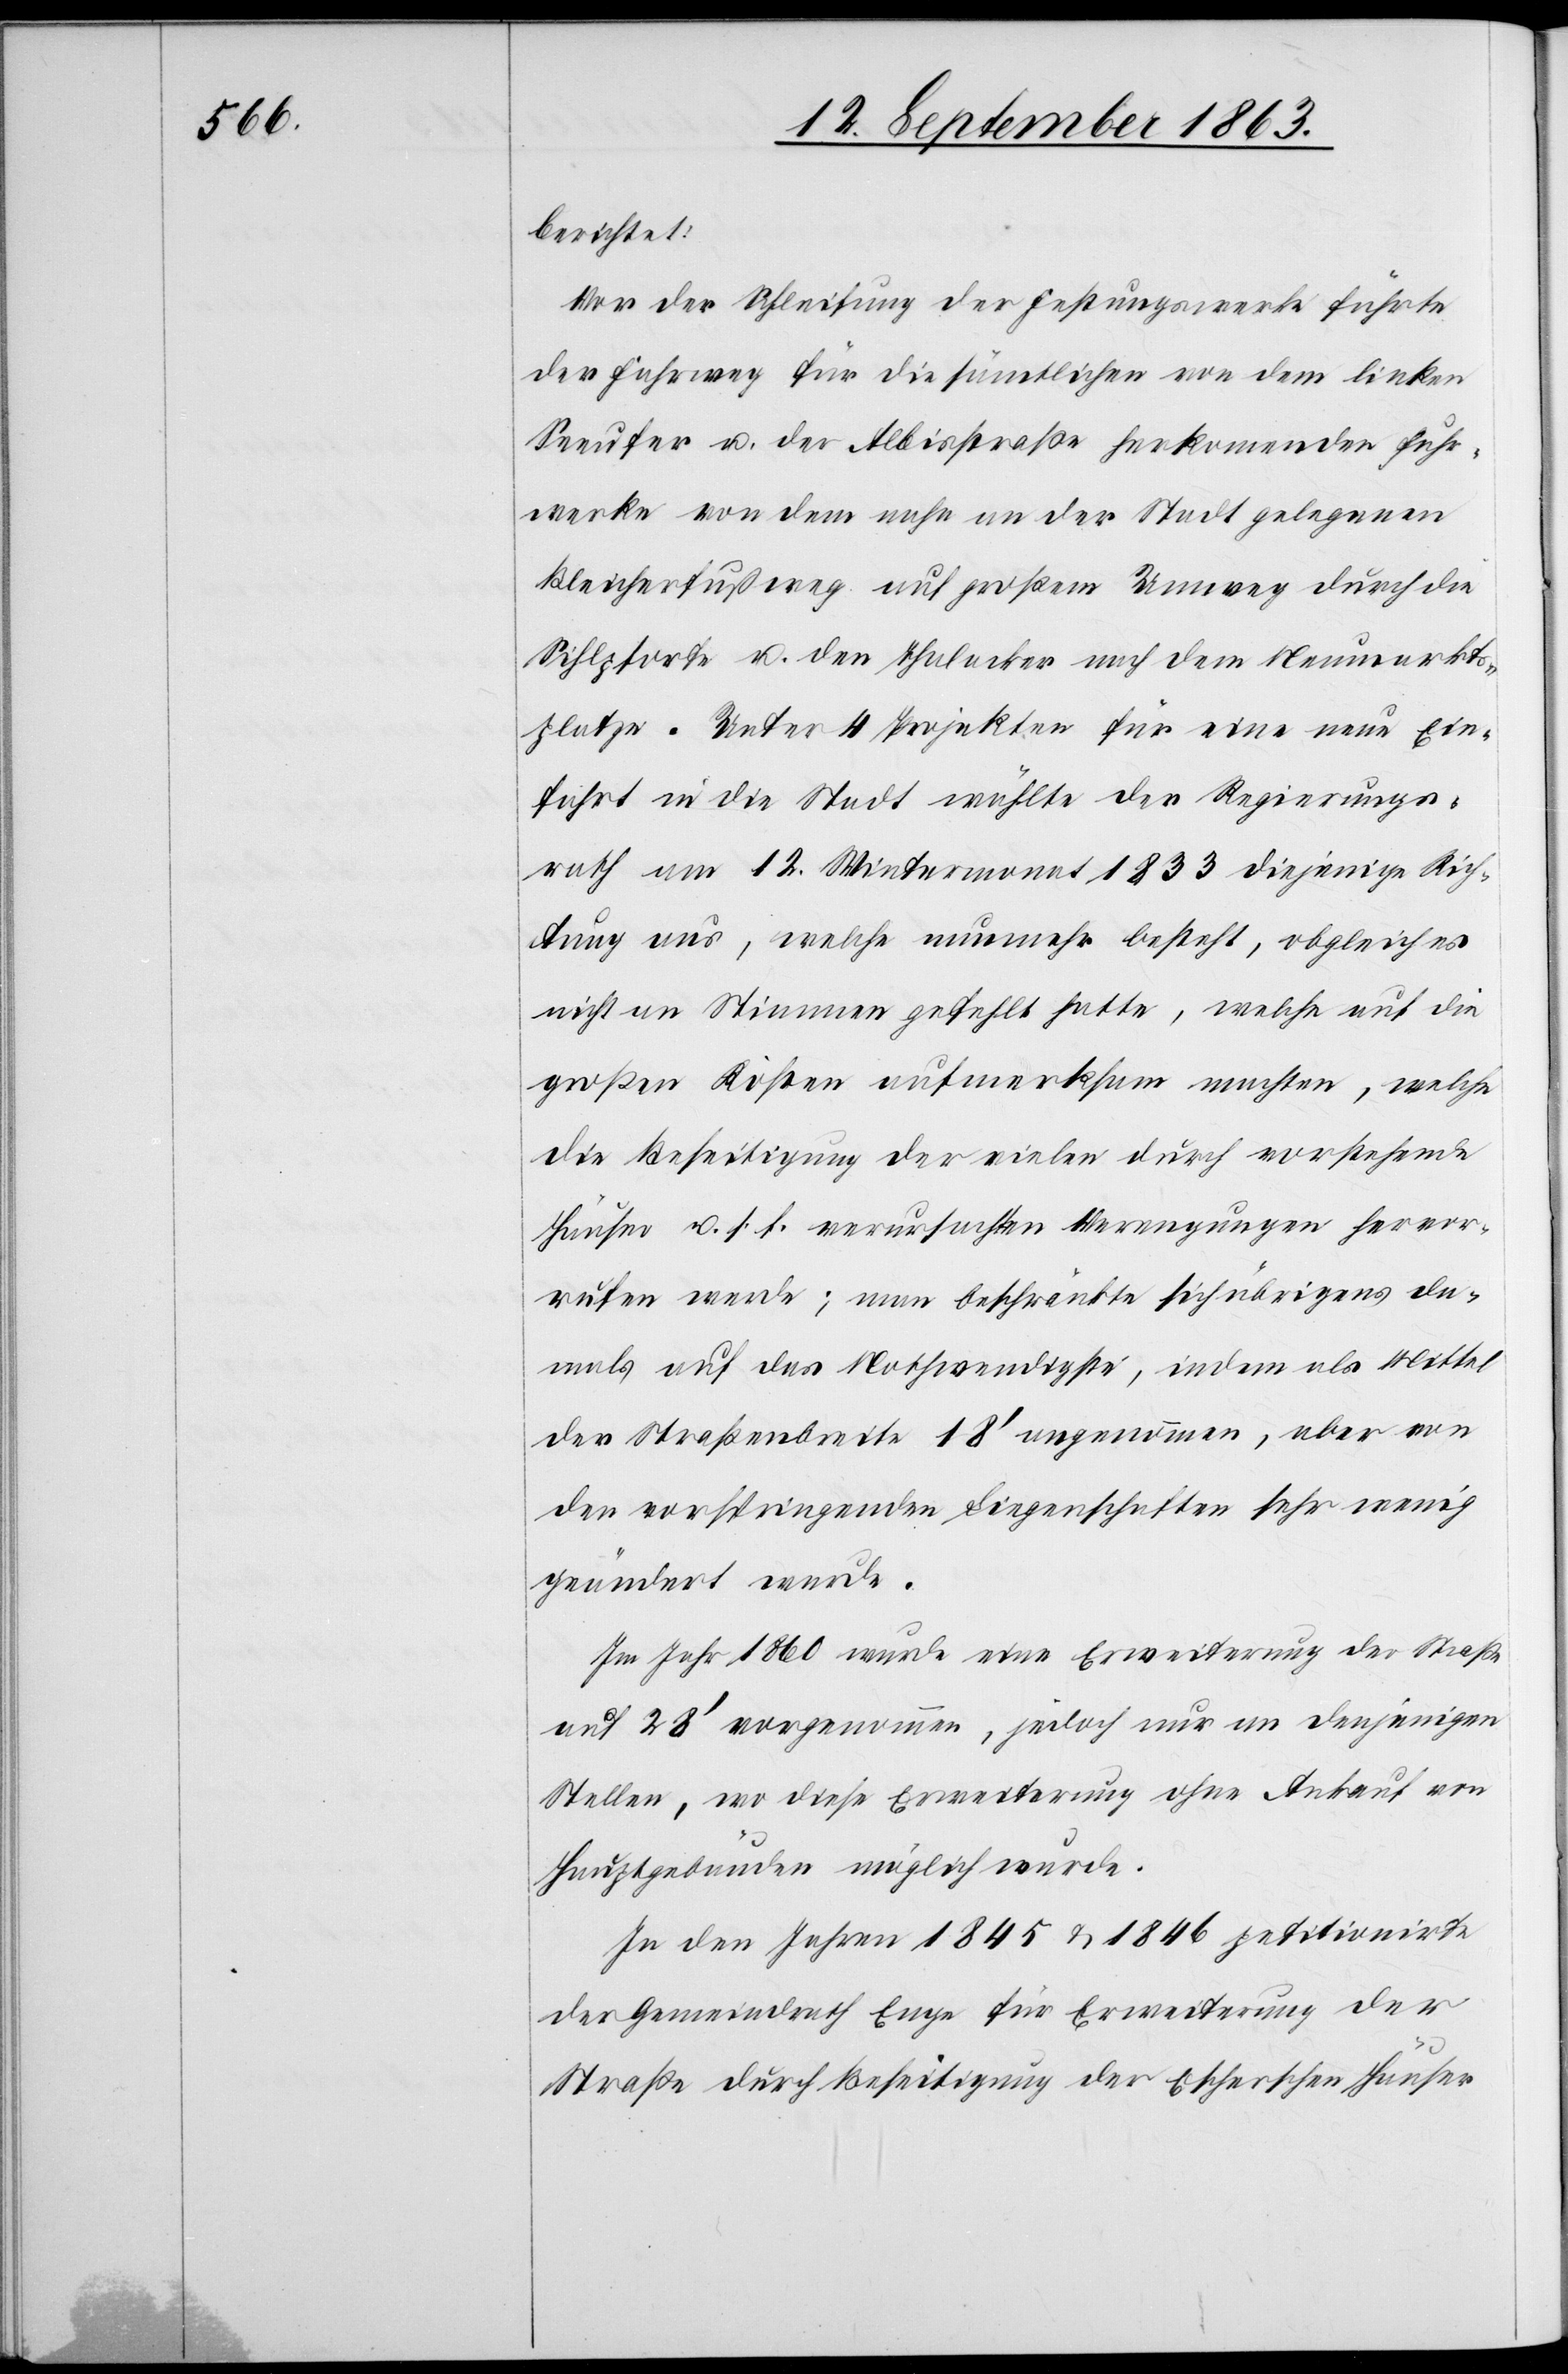
berichtet:
Vor der Schleifung der Festungswerke führte
der Fahrweg für die sämtlichen von dem linken
Seeufer u. der Albisstraße herkomenden Fuhr¬
werke von dem nahe an der Stadt gelegenen
Bleicherfußweg auf großem Umweg durch die
Sihlpforte u. den Thalacker nach dem Neumarkts¬
platze. Unter 4 Projekten für eine neue Ein¬
fahrt in die Stadt wählte der Regierungs¬
rath am 12. Wintermonat 1833 diejenige Rich¬
tung aus, welche nunmehr besteht, obgleich es
nicht an Stimmen gefehlt hatte, welche auf die
großen Kosten aufmerksam machten, welche
die Beseitigung der vielen durch vorstehende
Häuser u. s. f. verursachten Verengungen hervor¬
rufen werde; man beschränkte sich übrigens da¬
mals auf das Nothwendigste, indem als Mittel
der Straßenbreite 18' angenommen, aber von
der vorspringenden Liegenschaften sehr wenig
geändert wurde.
Im Jahr 1860 wurde eine Erweiterung der Straße
auf 28' vorgenommen, jedoch nur an denjenigen
Stellen, wo diese Erweiterung ohne Ankauf von
Hauptgebäuden möglich wurde.
In den Jahren 1845 & 1846 petitionirte
der Gemeindrath Enge für Erweiterung der
Straße durch Beseitigung der Escherschen Häuser